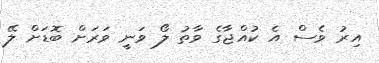
އިރު ވެސް އެ ކުއްޖާގެ ވާތު ލޯ ވަނީ ވަރަށް ބޮޑަށް ލޭ